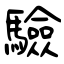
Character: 驗